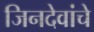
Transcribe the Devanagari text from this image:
जिनदेवांचे